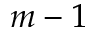
m - 1